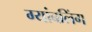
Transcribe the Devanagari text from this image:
ग्यांबलिंग